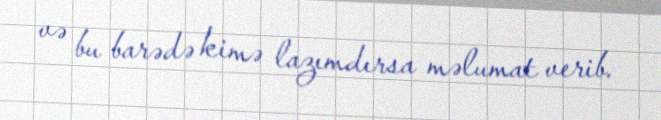
və bu barədə kimə lazımdırsa məlumat verib.